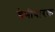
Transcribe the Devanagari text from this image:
श्रेणीधारक